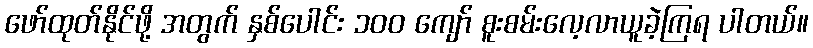
ဖော်ထုတ်နိုင်ဖို့ အတွက် နှစ်ပေါင်း ၁၀၀ ကျော် စူးစမ်းလေ့လာယူခဲ့ကြရ ပါတယ်။